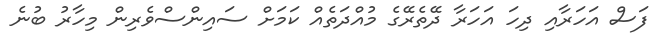
ފަސް އަހަރާއި ދިހަ އަހަރާ ދޭތެރޭގެ މުއްދަތެއް ކަމަށް ސައިންސްވެރިން މިހާރު ބުނެ